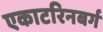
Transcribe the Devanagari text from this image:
एकाटरिनबर्ग